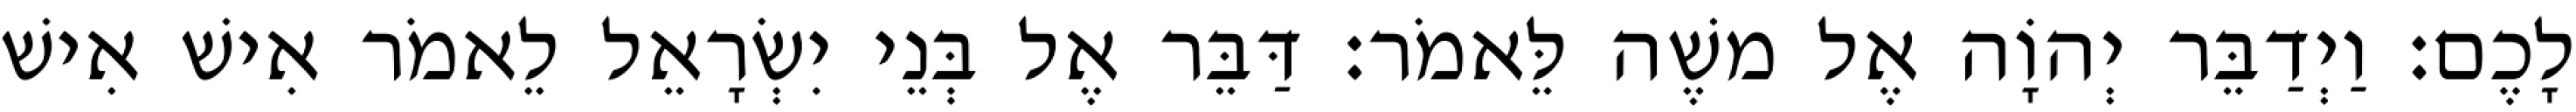
לָכֶם׃ וַיְדַבֵּר יְהוָֹה אֶל משֶׁה לֵּאמֹר׃ דַּבֵּר אֶל בְּנֵי יִשְׂרָאֵל לֵאמֹר אִישׁ אִישׁ